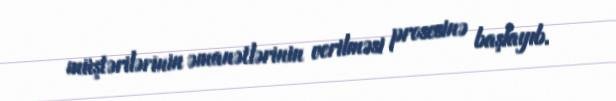
müştərilərinin əmanətlərinin verilməsi prosesinə başlayıb.